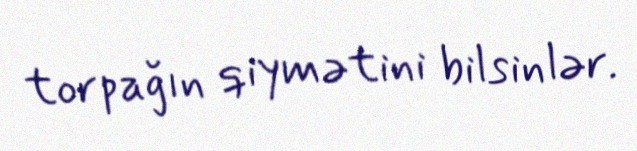
torpağın qiymətini bilsinlər.